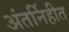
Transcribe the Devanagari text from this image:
अंतर्निहीत